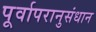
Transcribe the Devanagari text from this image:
पूर्वापरानुसंधान